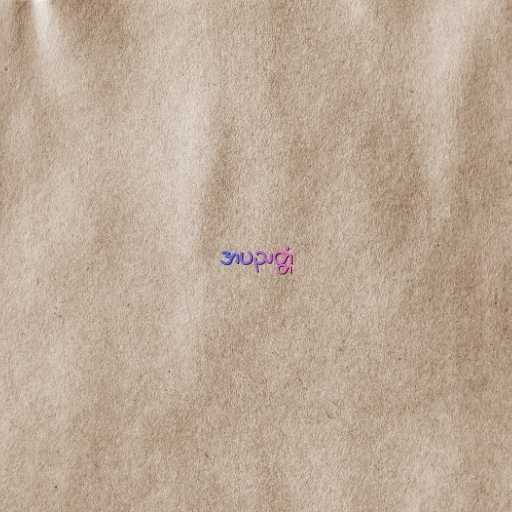
အပညတ္တံ